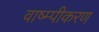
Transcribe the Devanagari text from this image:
वाष्म्पीकरण